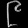
Digit: ၉